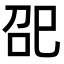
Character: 巶